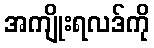
အကျိုးရလဒ်ကို